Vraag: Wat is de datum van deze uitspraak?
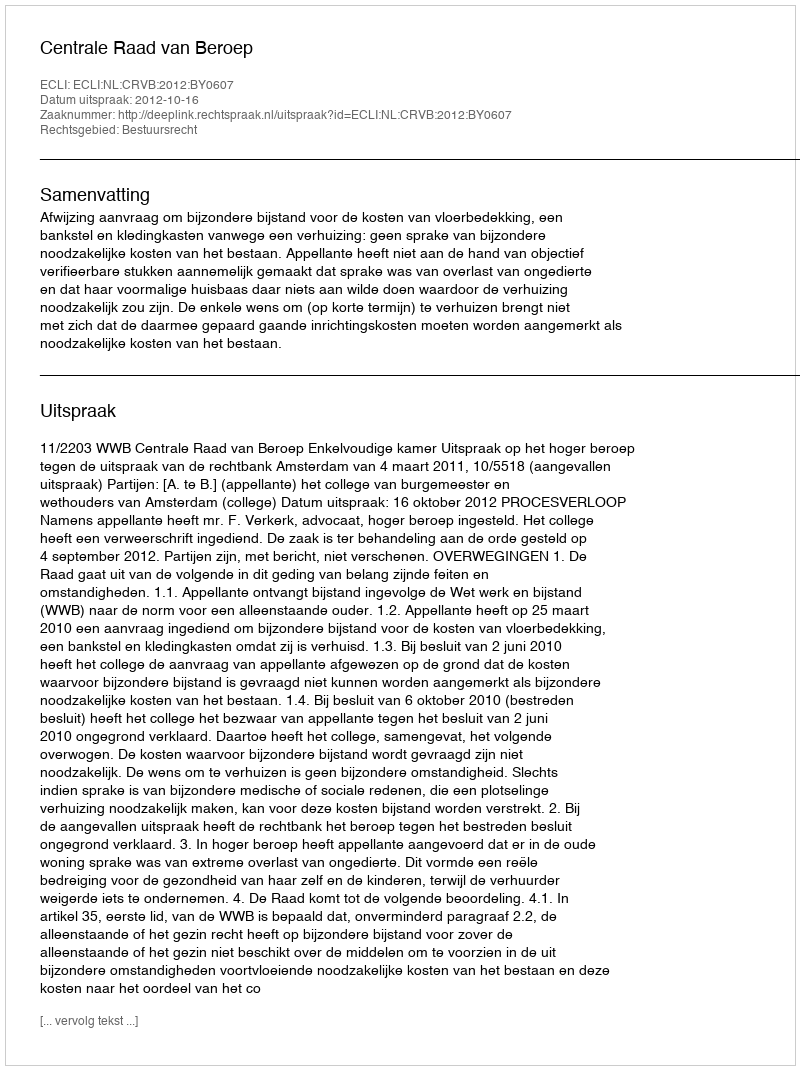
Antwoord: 2012-10-16